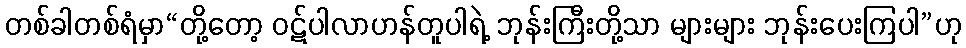
တစ်ခါတစ်ရံမှာ“တို့တော့ ဝဋ်ပါလာဟန်တူပါရဲ့ ဘုန်းကြီးတို့သာ များများ ဘုန်းပေးကြပါ”ဟု